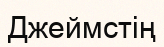
Джеймстің